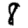
Digit: 8